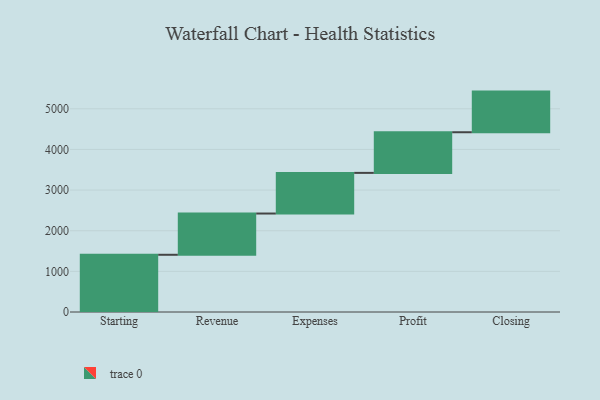
{"axis": {"x": "Step", "y": "Value"}, "legend": [""], "data": [{"x": "Starting", "y": 1408.0, "type": ""}, {"x": "Revenue", "y": 1015.0, "type": ""}, {"x": "Expenses", "y": 1000, "type": ""}, {"x": "Profit", "y": 1000, "type": ""}, {"x": "Closing", "y": 1000, "type": ""}]}